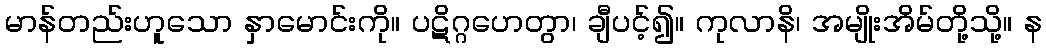
မာန်တည်းဟူသော နှာမောင်းကို။ ပဋိဂ္ဂဟေတွာ၊ ချီပင့်၍။ ကုလာနိ၊ အမျိုးအိမ်တို့သို့။ န